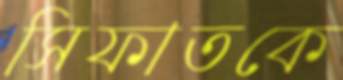
সিফাতকে